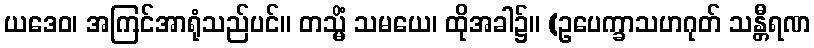
ယဒေဝ၊ အကြင်အာရုံသည်ပင်။ တသ္မိံ သမယေ၊ ထိုအခါ၌။ (ဥပေက္ခာသဟဂုတ် သန္တီရဏ